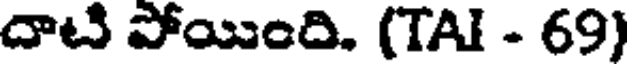
దాటి పోయింది. (TAI - 69)